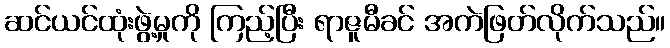
ဆင်ယင်ထုံးဖွဲ့မှုကို ကြည့်ပြီး ရာဇူမီခင် အကဲဖြတ်လိုက်သည်။